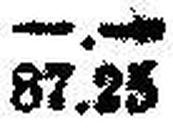
87.25